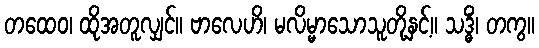
တထေဝ၊ ထိုအတူလျှင်။ ဗာလေဟိ၊ မလိမ္မာသောသူတို့နှင့်။ သဒ္ဓိံ၊ တကွ။